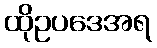
ထိုဥပဒေအရ